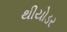
થીયોડર